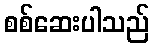
စစ်ဆေးပါသည်